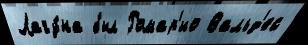
Лагу́на был Ромар'ио Вальд'ес